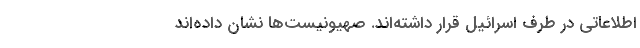
اطلاعاتی در طرف اسرائیل قرار داشته‌اند. صهیونیست‌ها نشان داده‌اند